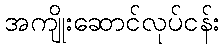
အကျိုးဆောင်လုပ်ငန်း